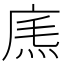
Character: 𢉐